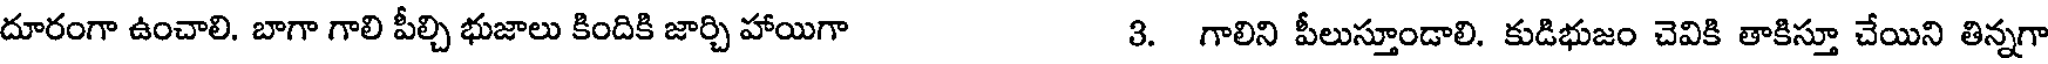
దూరంగా ఉంచాలి. బాగా గాలి పీల్చి భుజాలు కిందికి జార్చి హాయిగా 3. గాలిని పీలుస్తూండాలి. కుడిభుజం చెవికి తాకిస్తూ చేయిని తిన్నగా